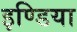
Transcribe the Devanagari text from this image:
इण्‍डिया